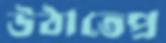
উঠাতেপ্র